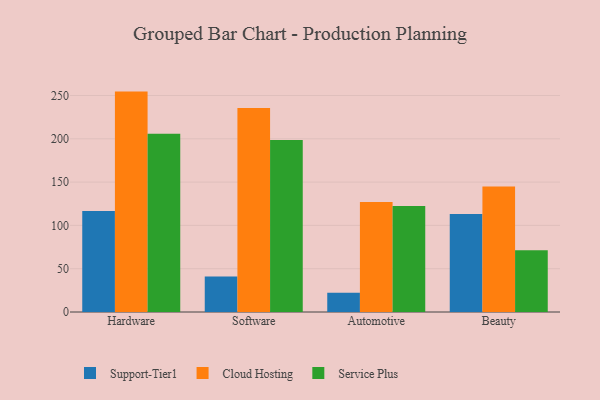
{"axis": {"x": "Category", "y": "Temperature (°C)"}, "legend": ["Cloud Hosting", "Service Plus", "Support-Tier1"], "data": [{"x": "Hardware", "y": 116.6, "type": "Support-Tier1"}, {"x": "Hardware", "y": 254.5, "type": "Cloud Hosting"}, {"x": "Hardware", "y": 205.9, "type": "Service Plus"}, {"x": "Software", "y": 41.1, "type": "Support-Tier1"}, {"x": "Software", "y": 235.5, "type": "Cloud Hosting"}, {"x": "Software", "y": 198.5, "type": "Service Plus"}, {"x": "Automotive", "y": 22.2, "type": "Support-Tier1"}, {"x": "Automotive", "y": 127.0, "type": "Cloud Hosting"}, {"x": "Automotive", "y": 122.4, "type": "Service Plus"}, {"x": "Beauty", "y": 113.2, "type": "Support-Tier1"}, {"x": "Beauty", "y": 144.8, "type": "Cloud Hosting"}, {"x": "Beauty", "y": 71.3, "type": "Service Plus"}]}